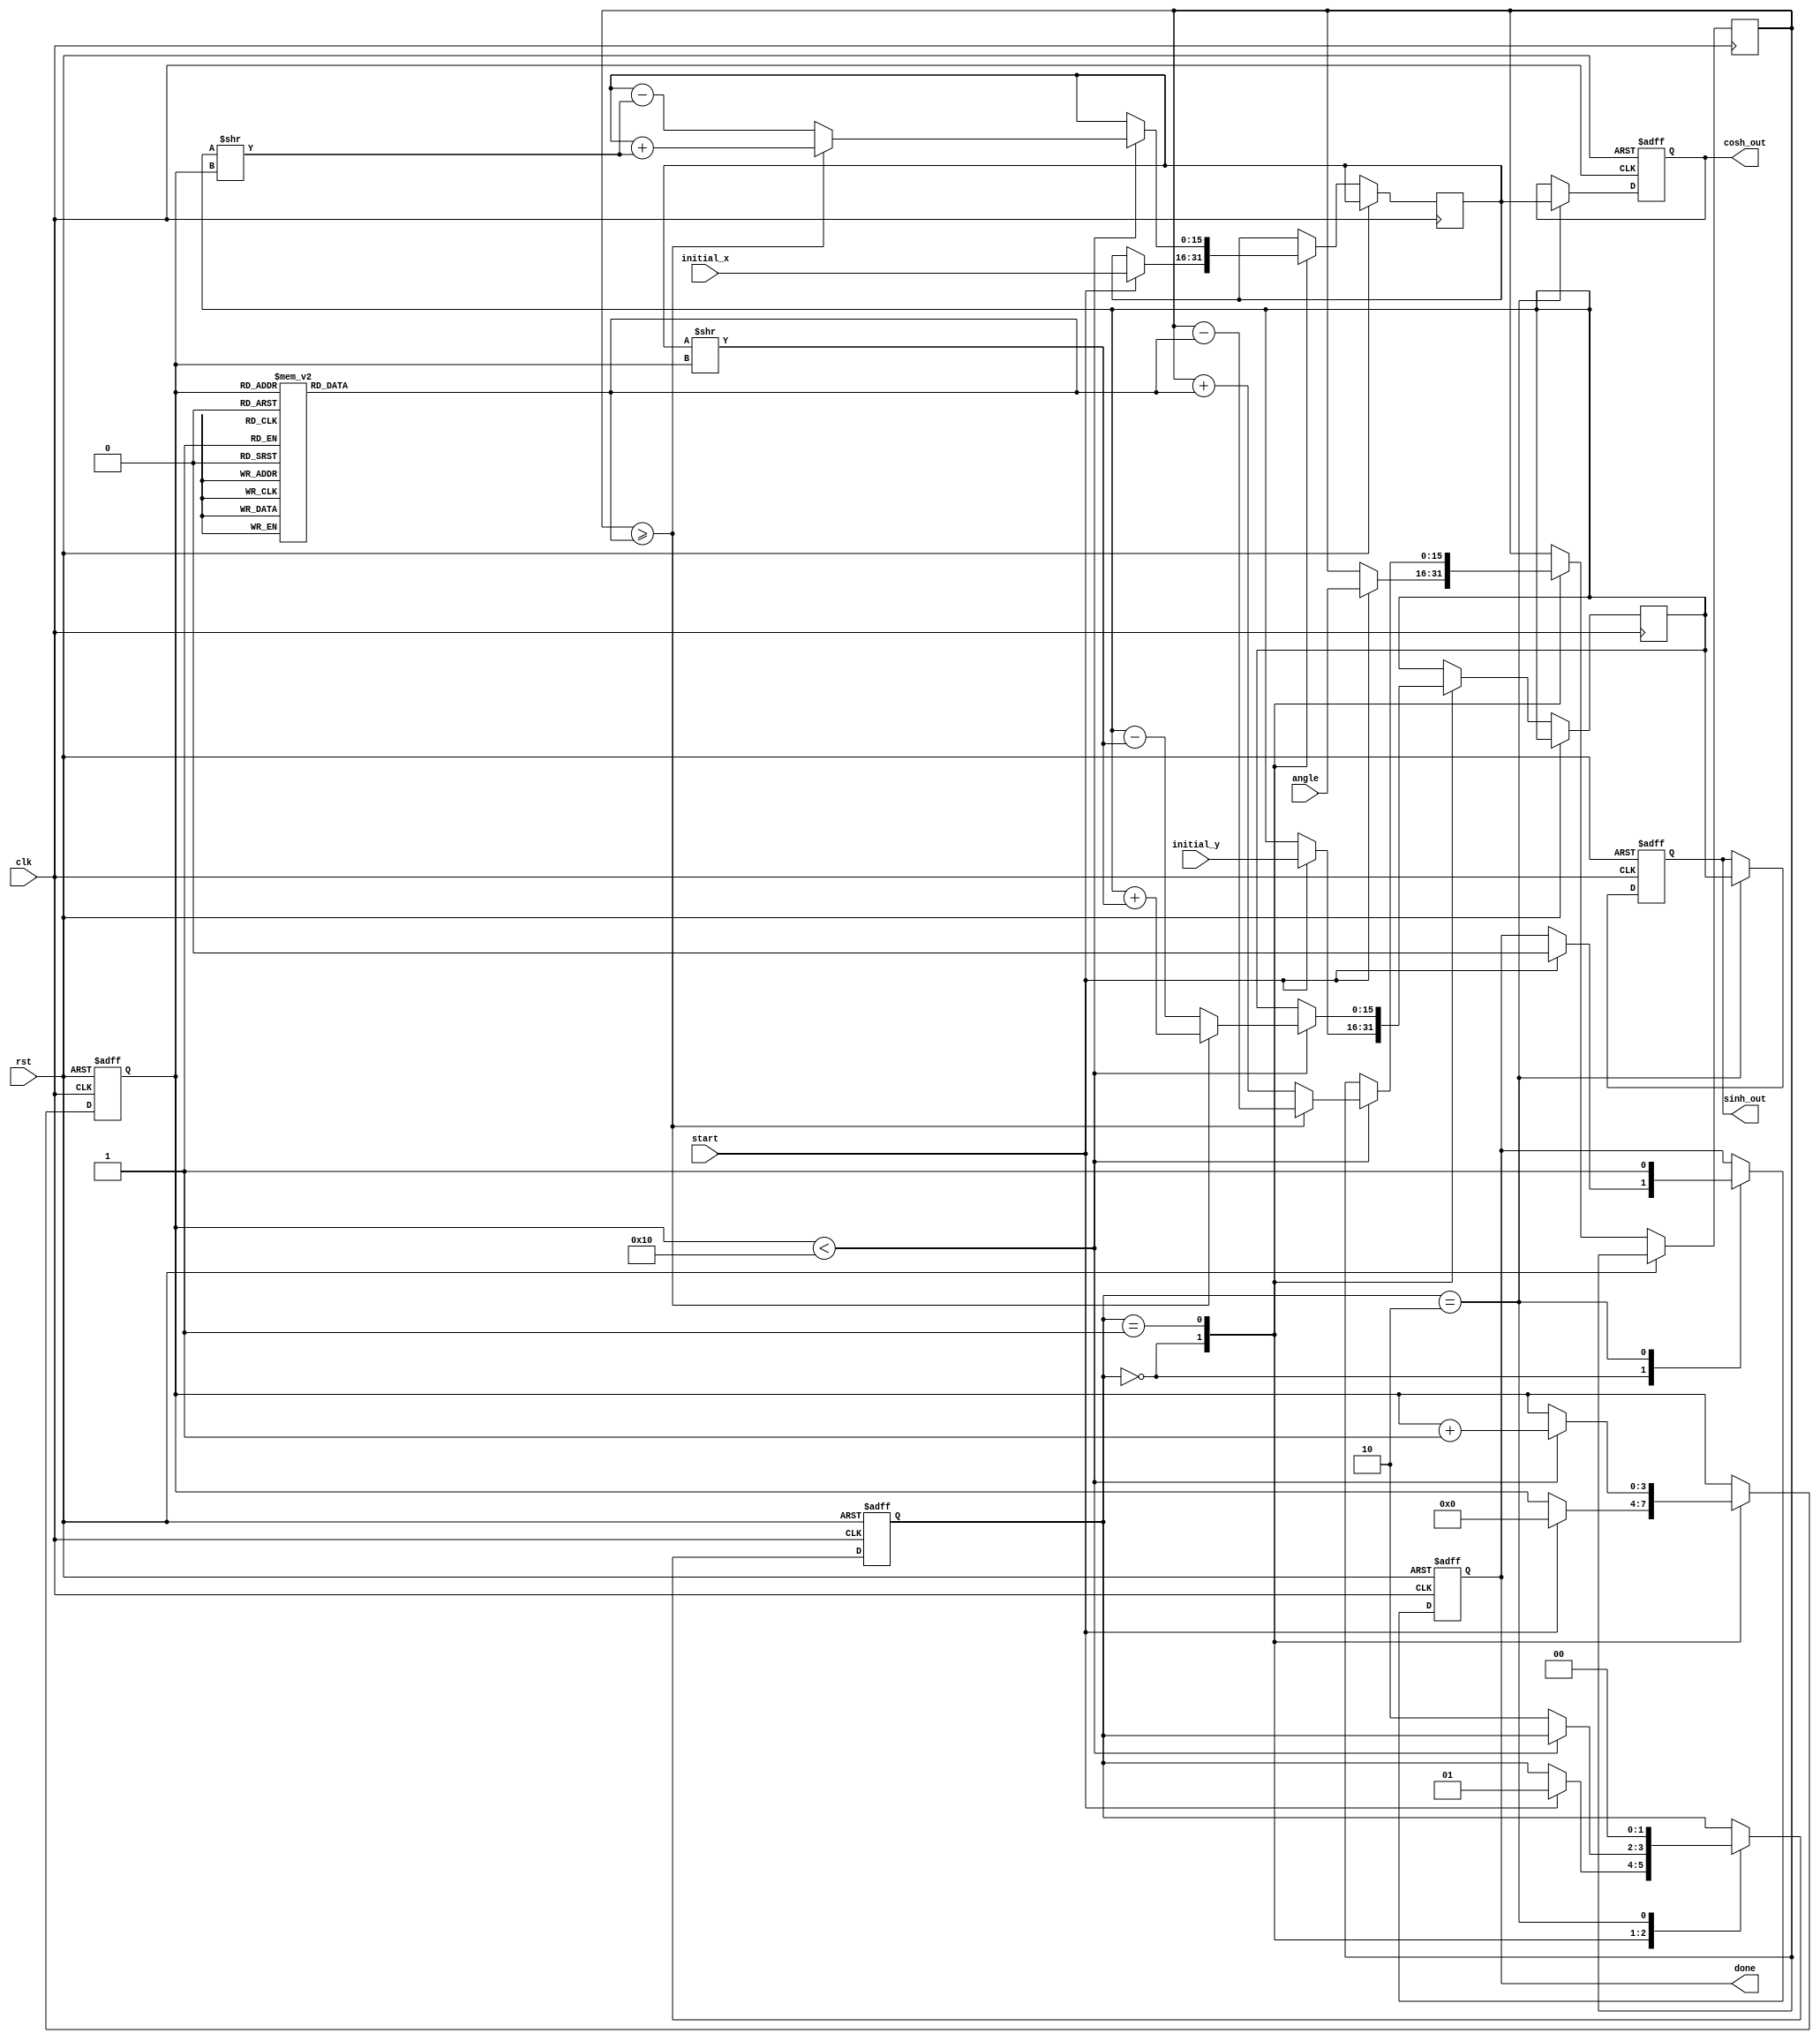
module hyperbolic_cordic #(
    parameter DATA_WIDTH = 16,
    parameter ITERATIONS = 16
)(
    input wire clk,
    input wire rst,
    input wire [DATA_WIDTH-1:0] angle, // Input hyperbolic angle
    input wire [DATA_WIDTH-1:0] initial_x, // Initial x value (cosh)
    input wire [DATA_WIDTH-1:0] initial_y, // Initial y value (sinh)
    input wire start,
    output reg [DATA_WIDTH-1:0] cosh_out,
    output reg [DATA_WIDTH-1:0] sinh_out,
    output reg done
);

    reg [DATA_WIDTH-1:0] x;
    reg [DATA_WIDTH-1:0] y;
    reg [DATA_WIDTH-1:0] z;
    reg [3:0] iteration;
    reg [1:0] state;

    localparam IDLE = 2'b00;
    localparam RUN = 2'b01;
    localparam DONE = 2'b10;

    // Precomputed CORDIC angles for hyperbolic functions
    reg [DATA_WIDTH-1:0] angles [0:ITERATIONS-1];

    initial begin
        // Initialize hyperbolic angles in fixed-point representation
        angles[0] = 16'h0000; // 0
        angles[1] = 16'h4000; // 1
        angles[2] = 16'h2000; // 0.5
        angles[3] = 16'h1000; // 0.25
        // Continue initializing as needed...
    end

    always @(posedge clk or posedge rst) begin
        if (rst) begin
            state <= IDLE;
            iteration <= 0;
            done <= 0;
            cosh_out <= 0;
            sinh_out <= 0;
        end else begin
            case (state)
                IDLE: begin
                    if (start) begin
                        x <= initial_x; // Load initial values
                        y <= initial_y;
                        z <= angle; // Load angle
                        iteration <= 0; // Reset iteration
                        state <= RUN;
                        done <= 0;
                    end
                end
                RUN: begin
                    if (iteration < ITERATIONS) begin
                        // CORDIC rotation logic for hyperbolic functions
                        if (z >= angles[iteration]) begin
                            z <= z - angles[iteration];
                            x <= x + (y >> iteration); // x = x + (y / 2^iteration)
                            y <= y + (x >> iteration); // y = y + (x / 2^iteration)
                        end else begin
                            z <= z + angles[iteration];
                            x <= x - (y >> iteration); // x = x - (y / 2^iteration)
                            y <= y - (x >> iteration); // y = y - (x / 2^iteration)
                        end
                        iteration <= iteration + 1; // Increment iteration
                    end else begin
                        state <= DONE; // Move to done state
                    end
                end
                DONE: begin
                    cosh_out <= x; // Output results
                    sinh_out <= y;
                    done <= 1; // Indicate completion
                    state <= IDLE; // Reset to IDLE state
                end
            endcase
        end
    end
endmodule